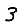
Digit: 3